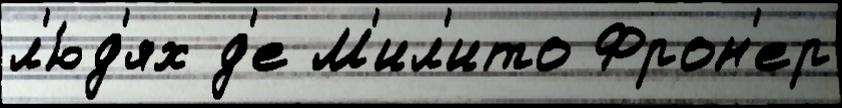
л'ю́д'ях д'е М'ил'ито Фрон'ер